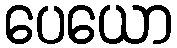
ပေယော